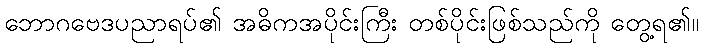
ဘောဂဗေဒပညာရပ်၏ အဓိကအပိုင်းကြီး တစ်ပိုင်းဖြစ်သည်ကို တွေ့ရ၏။